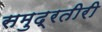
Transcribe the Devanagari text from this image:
समुद्रतीरी